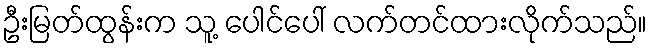
ဦးမြတ်ထွန်းက သူ့ ပေါင်ပေါ် လက်တင်ထားလိုက်သည်။